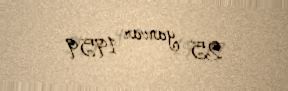
25 yanvar 1959